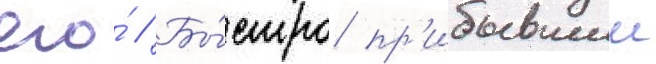
его́ // Бы́стро пр'ибывшии